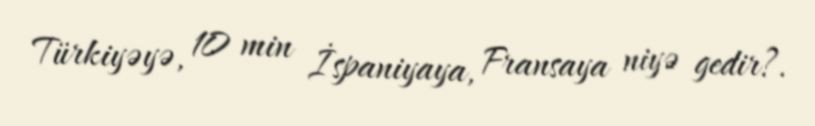
Türkiyəyə, 10 min İspaniyaya, Fransaya niyə gedir?.